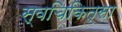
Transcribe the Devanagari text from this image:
स्वचिकित्सा